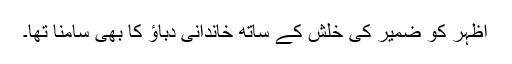
اظہر کو ضمیر کی خلش کے ساتھ خاندانی دباؤ کا بھی سامنا تھا۔